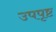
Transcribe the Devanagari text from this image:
उपपृष्ट